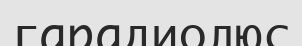
гарадиолюс